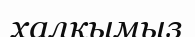
халқымыз